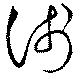
浅